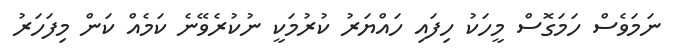
ނަމަވެސް ހަމަގޮސް މީހަކު ހިފައި ހައްޔަރު ކުރުމަކީ ނުކުރެވޭނެ ކަމެއް ކަން މިފަހަރު